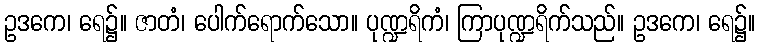
ဥဒကေ၊ ရေ၌။ ဇာတံ၊ ပေါက်ရောက်သော။ ပုဏ္ဍရိကံ၊ ကြာပုဏ္ဍရိက်သည်။ ဥဒကေ၊ ရေ၌။